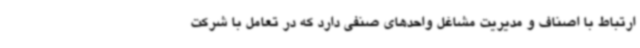
ارتباط با اصناف و مدیریت مشاغل واحدهای صنفی دارد که در تعامل با شرکت